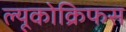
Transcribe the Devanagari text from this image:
ल्यूकोक्रिफस